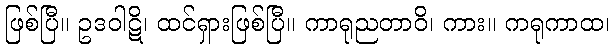
ဖြစ်ပြီ။ ဥဒဝါဋိ၊ ထင်ရှားဖြစ်ပြီ။ ကာရုညတာဝိ၊ ကား။ ကရုကာထ၊